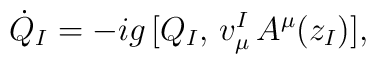
\dot Q_I=-ig\,[Q_I,\,v^I_\mu\,A^\mu (z_I)],